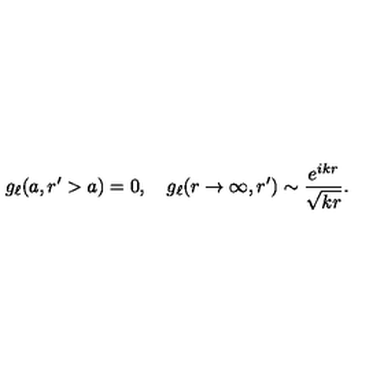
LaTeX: g _ { \ell } ( a , r ^ { \prime } > a ) = 0 , \quad g _ { \ell } ( r \rightarrow \infty , r ^ { \prime } ) \sim \frac { e ^ { i k r } } { \sqrt { k r } } .